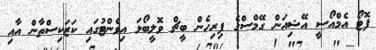
ފޮޓޯ އެމްއޯސީ އޭޝިއަން ގޭމްސްގެ ފިރިހެން ބީޗް ވޮލީބޯޅަ އިވެންޓުގައި ކަޒަކިސްތާން އާއި